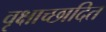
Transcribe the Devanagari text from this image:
वृक्षाच्छादित